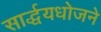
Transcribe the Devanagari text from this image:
सार्द्धयधोजने